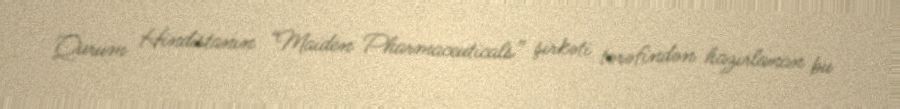
Qurum Hindistanın “Maiden Pharmaceuticals” şirkəti tərəfindən hazırlanan bu